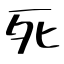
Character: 死